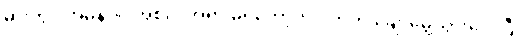
ဓားတွင် အမှန်ပင် အစင်း အရာ မရှိတော့ဘဲ ပကတိ ချောမွေ့သွားလေပြီ။